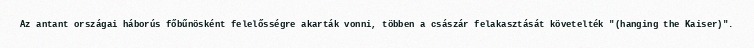
Az antant országai háborús főbűnösként felelősségre akarták vonni, többen a császár felakasztását követelték "(hanging the Kaiser)".